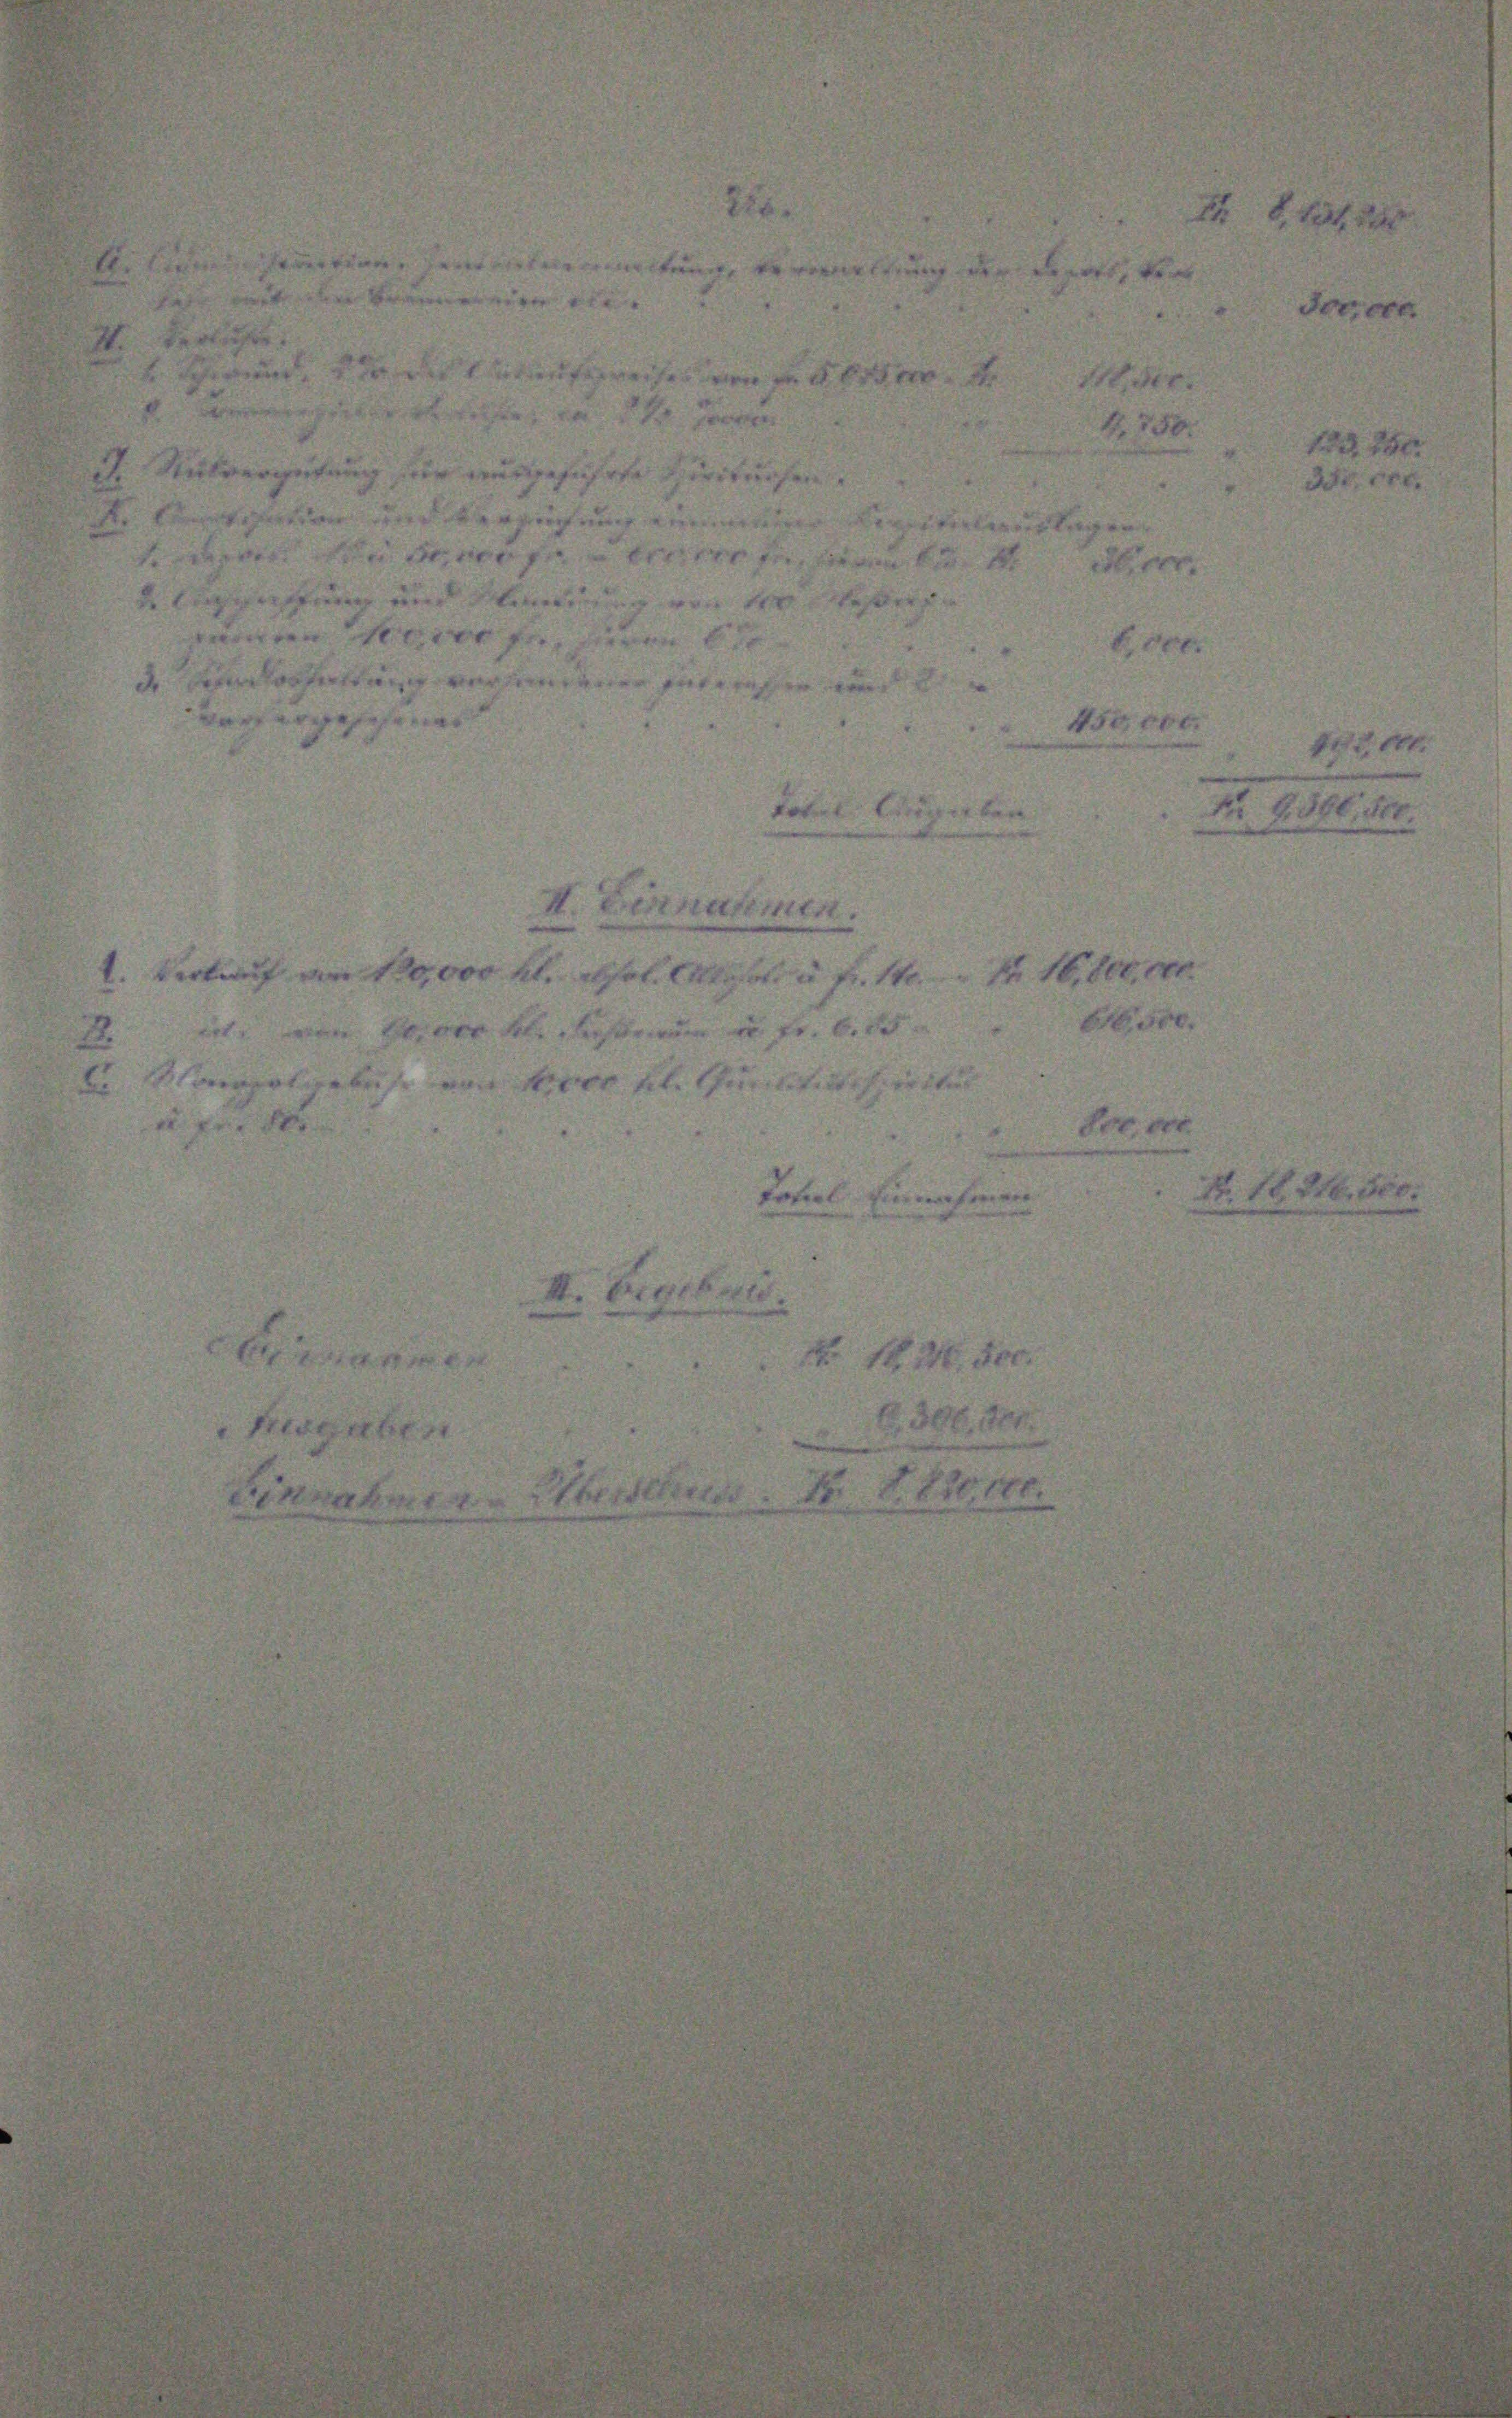
grafen
i
iter

wen und leere
11
F
i referung ver
I. Bernahmen.
 vor kl. sel. Stan
Fr. 18.
leisteren in fr.

trer an de
e

d

N 16,800

1920
8380